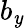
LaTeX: b_{\mathit{y}}